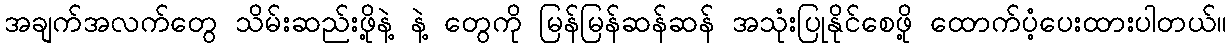
အချက်အလက်တွေ သိမ်းဆည်းဖို့နဲ့ နဲ့ တွေကို မြန်မြန်ဆန်ဆန် အသုံးပြုနိုင်စေဖို့ ထောက်ပံ့ပေးထားပါတယ်။